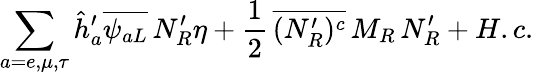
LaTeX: \sum_{a=e,\mu,\tau}\hat{h}_{a}^{\prime}\overline{{{\psi_{aL}}}}\, N_{R}^{\prime}\eta+\frac{1}{2}\, \overline{{{(N_{R}^{\prime})^{c}}}}\, M_{R}\, N_{R}^{\prime}+H.c.